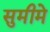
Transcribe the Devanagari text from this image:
सुमीमे